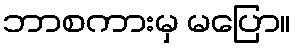
ဘာစကားမှ မပြော။